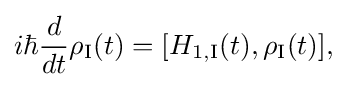
{\displaystyle i\hbar {\frac {d}{dt}}\rho _{\text{I}}(t)=[H_{1,{\text{I}}}(t),\rho _{\text{I}}(t)],}